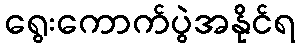
ရွေးကောက်ပွဲအနိုင်ရ